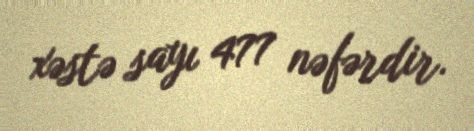
xəstə sayı 477 nəfərdir.